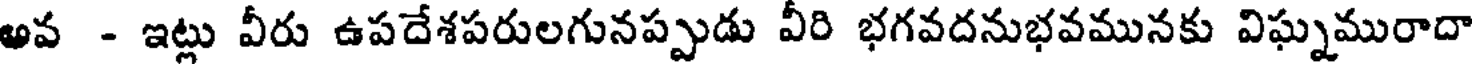
అవ - ఇట్లు వీరు ఉపదేశపరులగునప్పుడు వీరి భగవదనుభవమునకు విఘ్నమురాదా